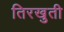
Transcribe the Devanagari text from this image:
तिरखुती